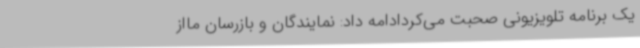
یک برنامه تلویزیونی صحبت می‌کردادامه داد: نمایندگان و بازرسان مااز